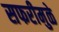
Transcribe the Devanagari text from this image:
सफरीमुळे